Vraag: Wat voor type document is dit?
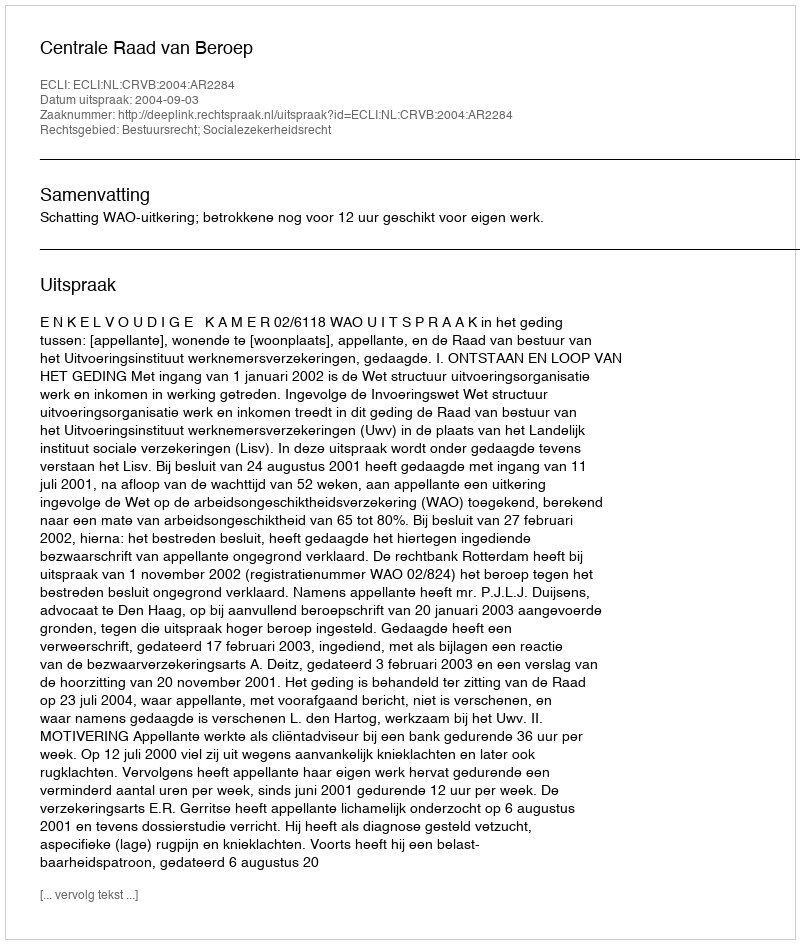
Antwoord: Uitspraak